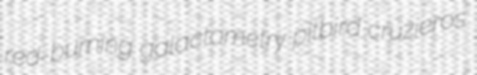
red-burning galactometry pitbird cruzieros